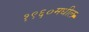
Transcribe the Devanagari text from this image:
१९६०मधील